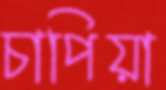
চাপিয়া